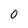
Character: 0